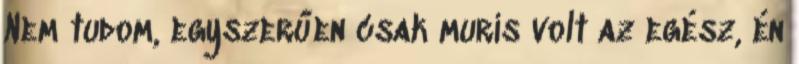
Nem tudom, egyszerűen csak muris volt az egész, én